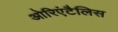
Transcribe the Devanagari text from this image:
ओरिएंटैलिस